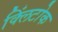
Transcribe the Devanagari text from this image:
क्लिंटोक